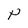
Character: P